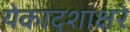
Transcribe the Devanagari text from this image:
येकादशाक्षरे